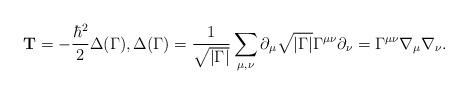
LaTeX: \begin{align*}\mathbf{T}=-\frac{\hbar^2}{2}\Delta(\Gamma),\Delta(\Gamma)=\frac{1}{\sqrt{|\Gamma|}}\sum_{\mu,\nu}\partial_{\mu}\sqrt{|\Gamma|}\Gamma^{\mu\nu}\partial_{\nu}=\Gamma^{\mu\nu}\nabla_{\mu}\nabla_{\nu}.\end{align*}